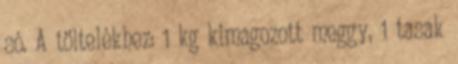
só. A töltelékhez: 1 kg kimagozott meggy, 1 tasak